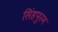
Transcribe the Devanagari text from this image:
सिंहपुरम